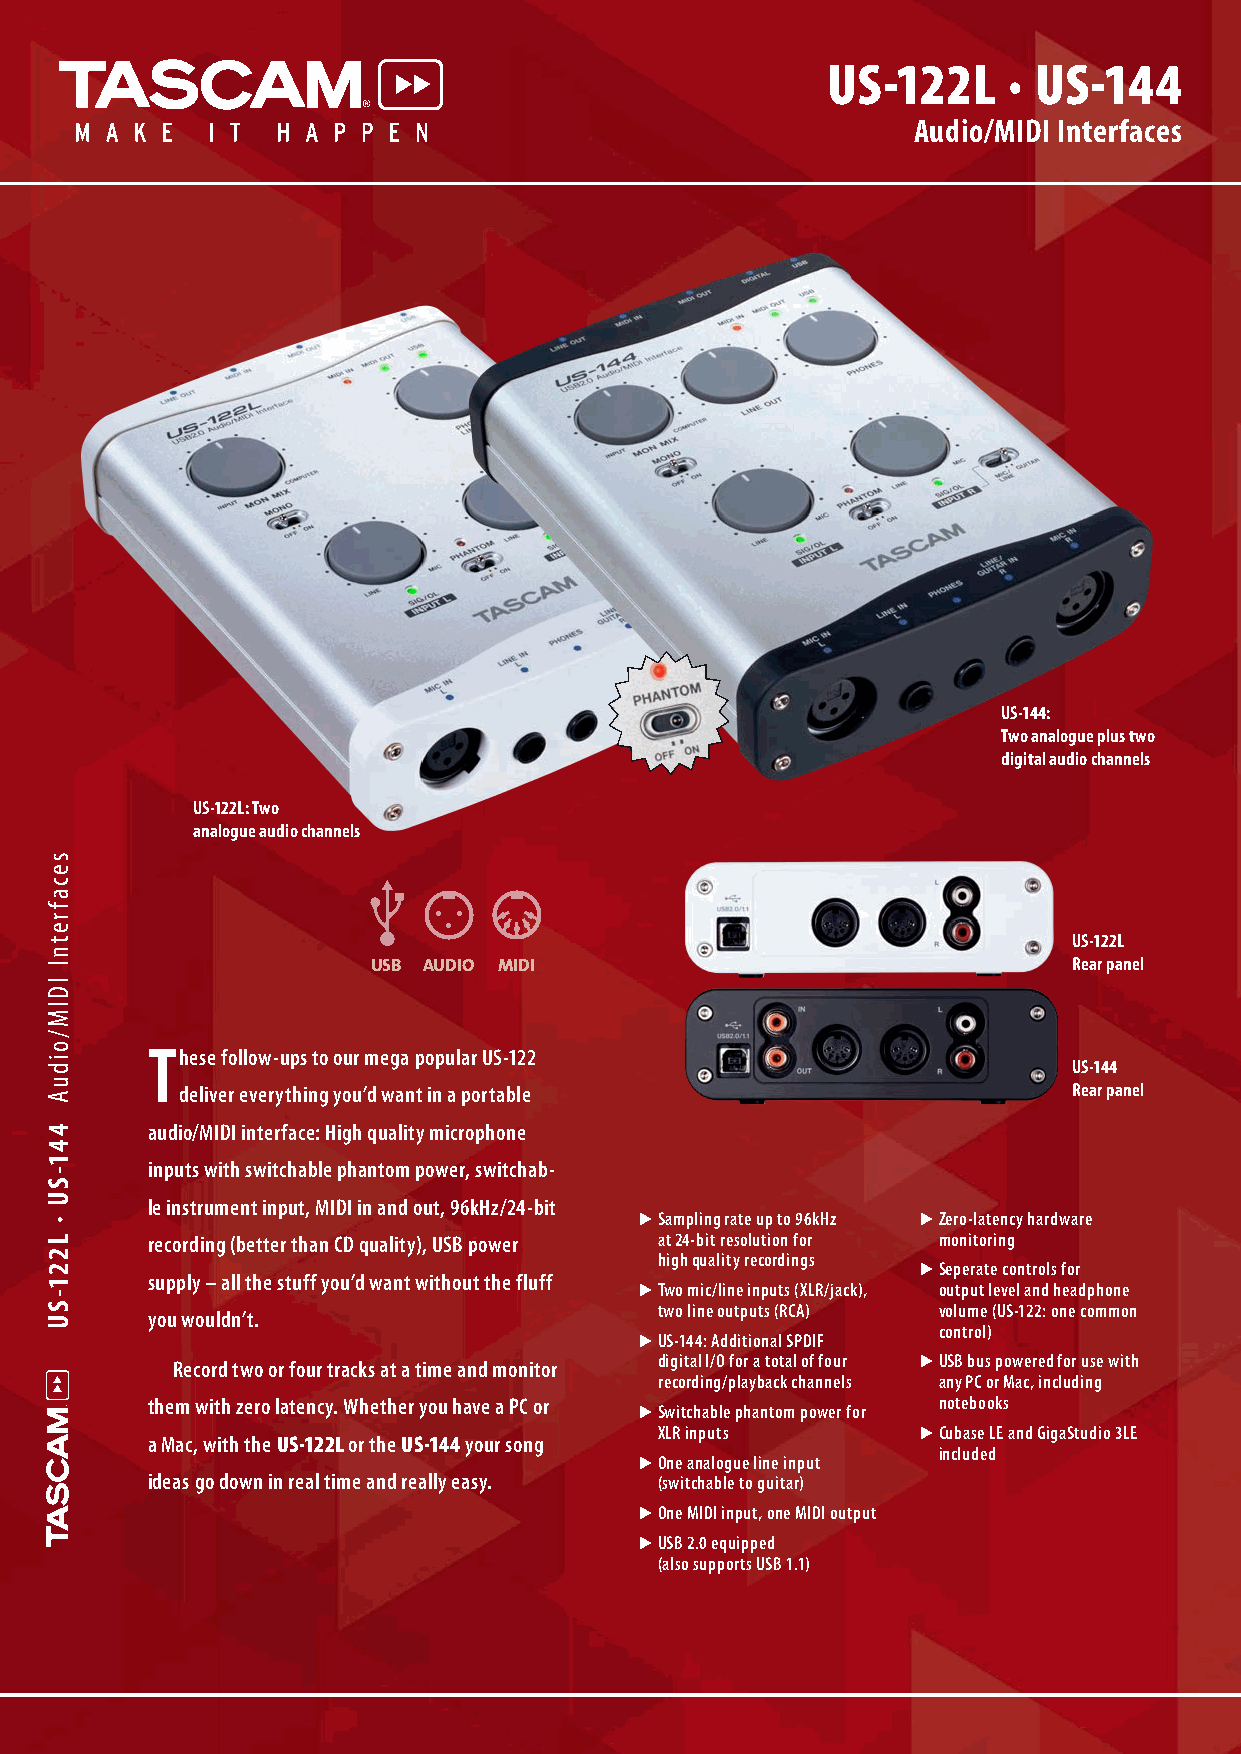
US-122L     · US-144
 Audio/MIDI Interfaces
 US-144:
 Two analogue plus two
 digital audio channels
 US-122L: Two
 analogue audio channels
 US-122L
 USB AUDIO MIDI                                Rear panel
 These follow-ups to our mega popular US-122
 US-144
 deliver everything you’d want in a portable                Rear panel
 audio/MIDI interface: High quality microphone
 inputs with switchable phantom power, switchab-
 le instrument input, MIDI in and out, 96kHz/24-bit
 tSampling rate up to 96kHz tZero-latency hardware
 recording (better than CD quality), USB power at 24-bit resolution for monitoring
 high quality recordings
 tSeperate controls for
 supply – all the stuff you’d want without the fluff
 tTwo mic/line inputs (XLR/jack), output level and headphone
 two line outputs (RCA) volume (US-122: one common
 you wouldn’t.
 control)
 tUS-144: Additional SPDIF
 Record two or four tracks at a time and monitor digital I/O for a total of four tUSB bus powered for use with
 recording/playback channels any PC or Mac, including
 them with zero latency. Whether you have a PC or    notebooks
 tSwitchable phantom power for
 XLR inputs       tCubase LE and GigaStudio 3LE
 a Mac, with the US-122L or the US-144 your song
 included
 tOne analogue line input
 ideas go down in real time and really easy. (switchable to guitar)
 tOne MIDI input, one MIDI output
 tUSB 2.0 equipped
 (also supports USB 1.1)
 secafretnI
 IDIM/oiduA
 441-SU
 ·
 L221-SU